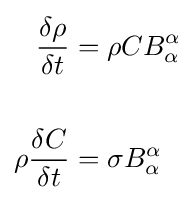
{\begin{aligned}{\frac {\delta \rho }{\delta t}}&=\rho CB_{\alpha }^{\alpha }\\&\\\rho {\frac {\delta C}{\delta t}}&=\sigma B_{\alpha }^{\alpha }\\\end{aligned}}